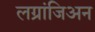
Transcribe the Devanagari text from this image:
लग्रांजिअन